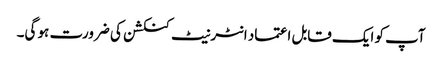
آپ کو ایک قابل اعتماد انٹرنیٹ کنکشن کی ضرورت ہو گی۔